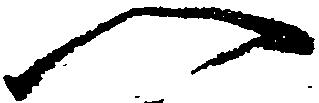
へ